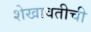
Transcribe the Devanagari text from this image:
शेखावतीची